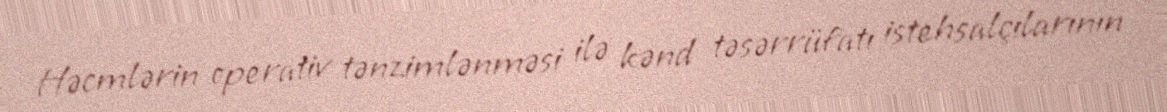
Həcmlərin operativ tənzimlənməsi ilə kənd təsərrüfatı istehsalçılarının